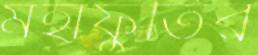
মহাফুর্তির